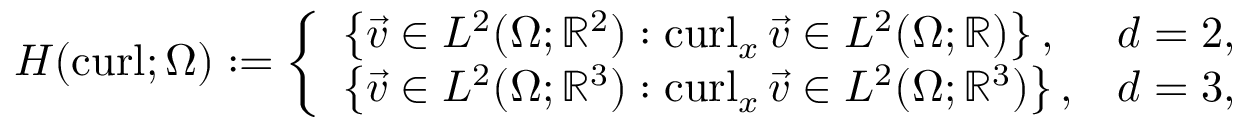
H ( \operatorname { c u r l } ; \Omega ) : = \left\{ \begin{array} { l l } { \left\{ \vec { v } \in L ^ { 2 } ( \Omega ; \mathbb R ^ { 2 } ) : \operatorname { c u r l } _ { x } \vec { v } \in L ^ { 2 } ( \Omega ; \mathbb R ) \right\} , } & { d = 2 , } \\ { \left\{ \vec { v } \in L ^ { 2 } ( \Omega ; \mathbb R ^ { 3 } ) : \operatorname { c u r l } _ { x } \vec { v } \in L ^ { 2 } ( \Omega ; \mathbb R ^ { 3 } ) \right\} , } & { d = 3 , } \end{array} \right.